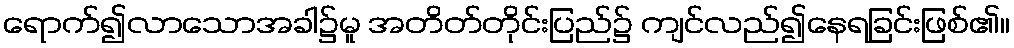
ရောက်၍လာသောအခါ၌မူ အတိတ်တိုင်းပြည်၌ ကျင်လည်၍နေရခြင်းဖြစ်၏။